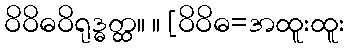
ဝိဝိဓဝိရုဒ္ဓတ္ထ။ ။ [ဝိဝိဓ=အထူးထူး